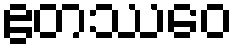
ဧတဿေဝ